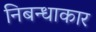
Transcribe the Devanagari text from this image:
निबन्धाकार